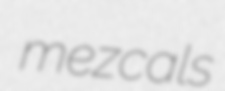
mezcals